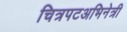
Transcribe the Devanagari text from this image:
चित्रपटअभिनेत्री